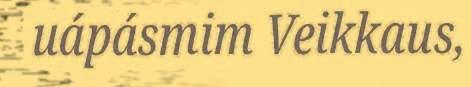
uápásmim Veikkaus,